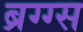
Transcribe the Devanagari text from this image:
ब्रग्ग्स